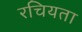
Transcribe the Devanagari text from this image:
रचियता